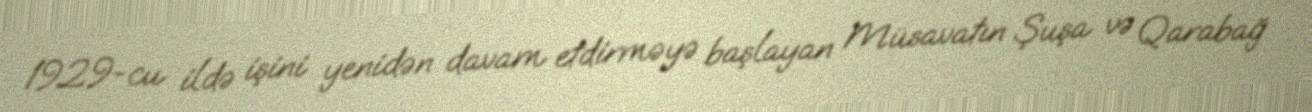
1929-cu ildə işini yenidən davam etdirməyə başlayan Müsavatın Şuşa və Qarabağ